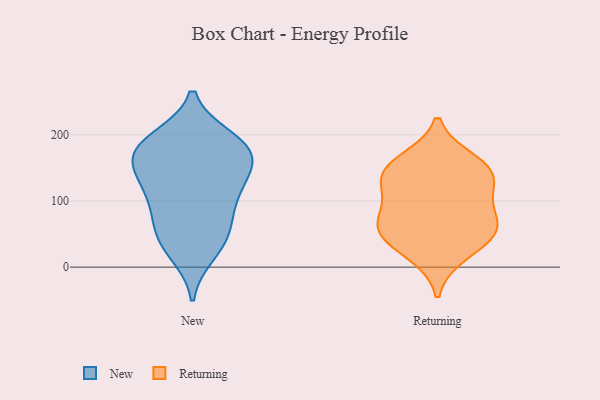
{"axis": {"x": "Page Views", "y": "Value"}, "legend": ["New", "Returning"], "data": [{"x": "", "y": 172, "type": "New"}, {"x": "", "y": 182, "type": "New"}, {"x": "", "y": 136, "type": "New"}, {"x": "", "y": 108, "type": "New"}, {"x": "", "y": 171, "type": "New"}, {"x": "", "y": 194, "type": "New"}, {"x": "", "y": 33, "type": "New"}, {"x": "", "y": 112, "type": "New"}, {"x": "", "y": 54, "type": "New"}, {"x": "", "y": 21, "type": "New"}, {"x": "", "y": 161, "type": "New"}, {"x": "", "y": 124, "type": "New"}, {"x": "", "y": 79, "type": "New"}, {"x": "", "y": 194, "type": "New"}, {"x": "", "y": 164, "type": "New"}, {"x": "", "y": 57, "type": "New"}, {"x": "", "y": 59, "type": "Returning"}, {"x": "", "y": 55, "type": "Returning"}, {"x": "", "y": 20, "type": "Returning"}, {"x": "", "y": 104, "type": "Returning"}, {"x": "", "y": 74, "type": "Returning"}, {"x": "", "y": 160, "type": "Returning"}, {"x": "", "y": 143, "type": "Returning"}, {"x": "", "y": 130, "type": "Returning"}, {"x": "", "y": 145, "type": "Returning"}, {"x": "", "y": 50, "type": "Returning"}]}